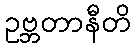
ဥဗ္ဘတာနီတိ